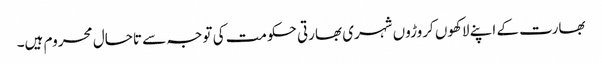
بھارت کے اپنے لاکھوں کروڑوں شہری بھارتی حکومت کی توجہ سے تاحال محروم ہیں۔